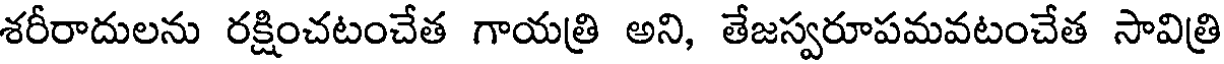
శరీరాదులను రక్షించటంచేత గాయత్రి అని, తేజస్వరూపమవటంచేత సావిత్రి